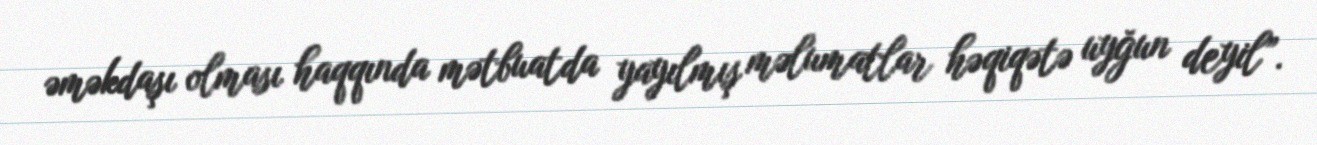
əməkdaşı olması haqqında mətbuatda yayılmış məlumatlar həqiqətə uyğun deyil”.